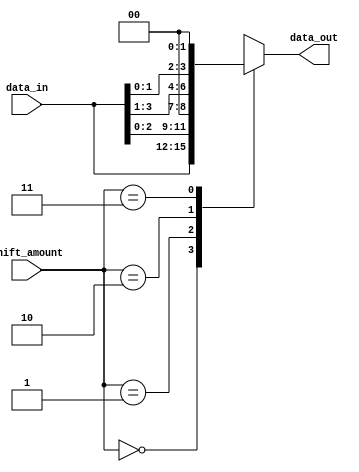
// Code your design here
module shift_operator(
    input wire [3:0] data_in,
    input wire [1:0] shift_amount,
    output reg [3:0] data_out
);

always @* begin
    case (shift_amount)
        2'b00: data_out = data_in; // no shift
        2'b01: data_out = data_in << 1; // left shift by 1
        2'b10: data_out = data_in >> 1; // right shift by 1
        2'b11: data_out = data_in << 2; // left shift by 2
        default: data_out = 4'b0000; // default case
    endcase
end

endmodule